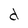
Character: d